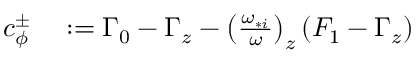
\begin{array} { r l } { c _ { \phi } ^ { \pm } } & { { } : = \Gamma _ { 0 } - \Gamma _ { z } - \left( \frac { \omega _ { * i } } { \omega } \right) _ { z } \left( F _ { 1 } - \Gamma _ { z } \right) } \end{array}